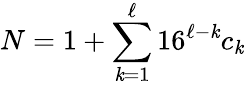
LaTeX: N=1+\sum_{\mathit{k}=1}^{\ell}16^{\ell-\mathit{k}}c_{\mathit{k}}